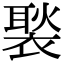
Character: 褧